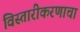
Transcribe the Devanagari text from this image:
विस्तारीकरणाचा